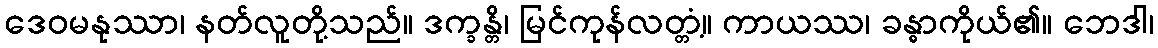
ဒေဝမနုဿာ၊ နတ်လူတို့သည်။ ဒက္ခန္တိ၊ မြင်ကုန်လတ္တံ့။ ကာယဿ၊ ခန္ဓာကိုယ်၏။ ဘေဒါ၊